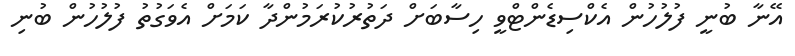
އޭނާ ބުނީ ފުލުހުން އެކްސިޑެންޓްވީ ހިސާބަށް ދަތުރުކުރަމުންދާ ކަމަށް އެވަގުތު ފުލުހުން ބުނި